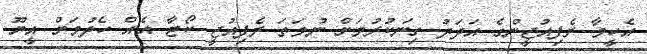
އެހީވާ ރެފިއުޖީންގެ އަދަދު ގިނަކުރުމަށް ނުވަތަ ރެފިއުޖީ ކޯޓާ އެއް ހެދުމަށް އީޔޫ